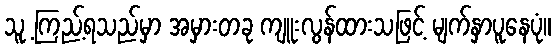
သူ့ ကြည့်ရသည်မှာ အမှားတခု ကျူးလွန်ထားသဖြင့် မျက်နှာပူနေပုံ။